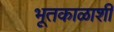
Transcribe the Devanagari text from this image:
भूतकाळाशी